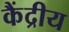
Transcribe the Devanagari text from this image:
कैंद्रीय